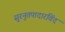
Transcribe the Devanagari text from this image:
सुरनुतपादारविंद